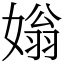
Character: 𡟸